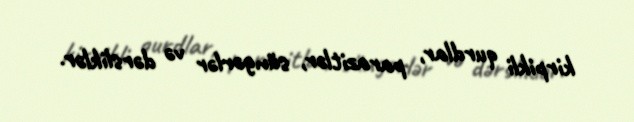
kirpikli qurdlar, parazitlər, süngərlər və dərsliklər.